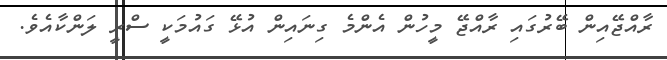
ރާއްޖޭއިން ބޭރުގައި ރާއްޖޭ މީހުން އެންމެ ގިނައިން އުޅޭ ގައުމަކީ ސްރީ ލަންކާއެވެ.